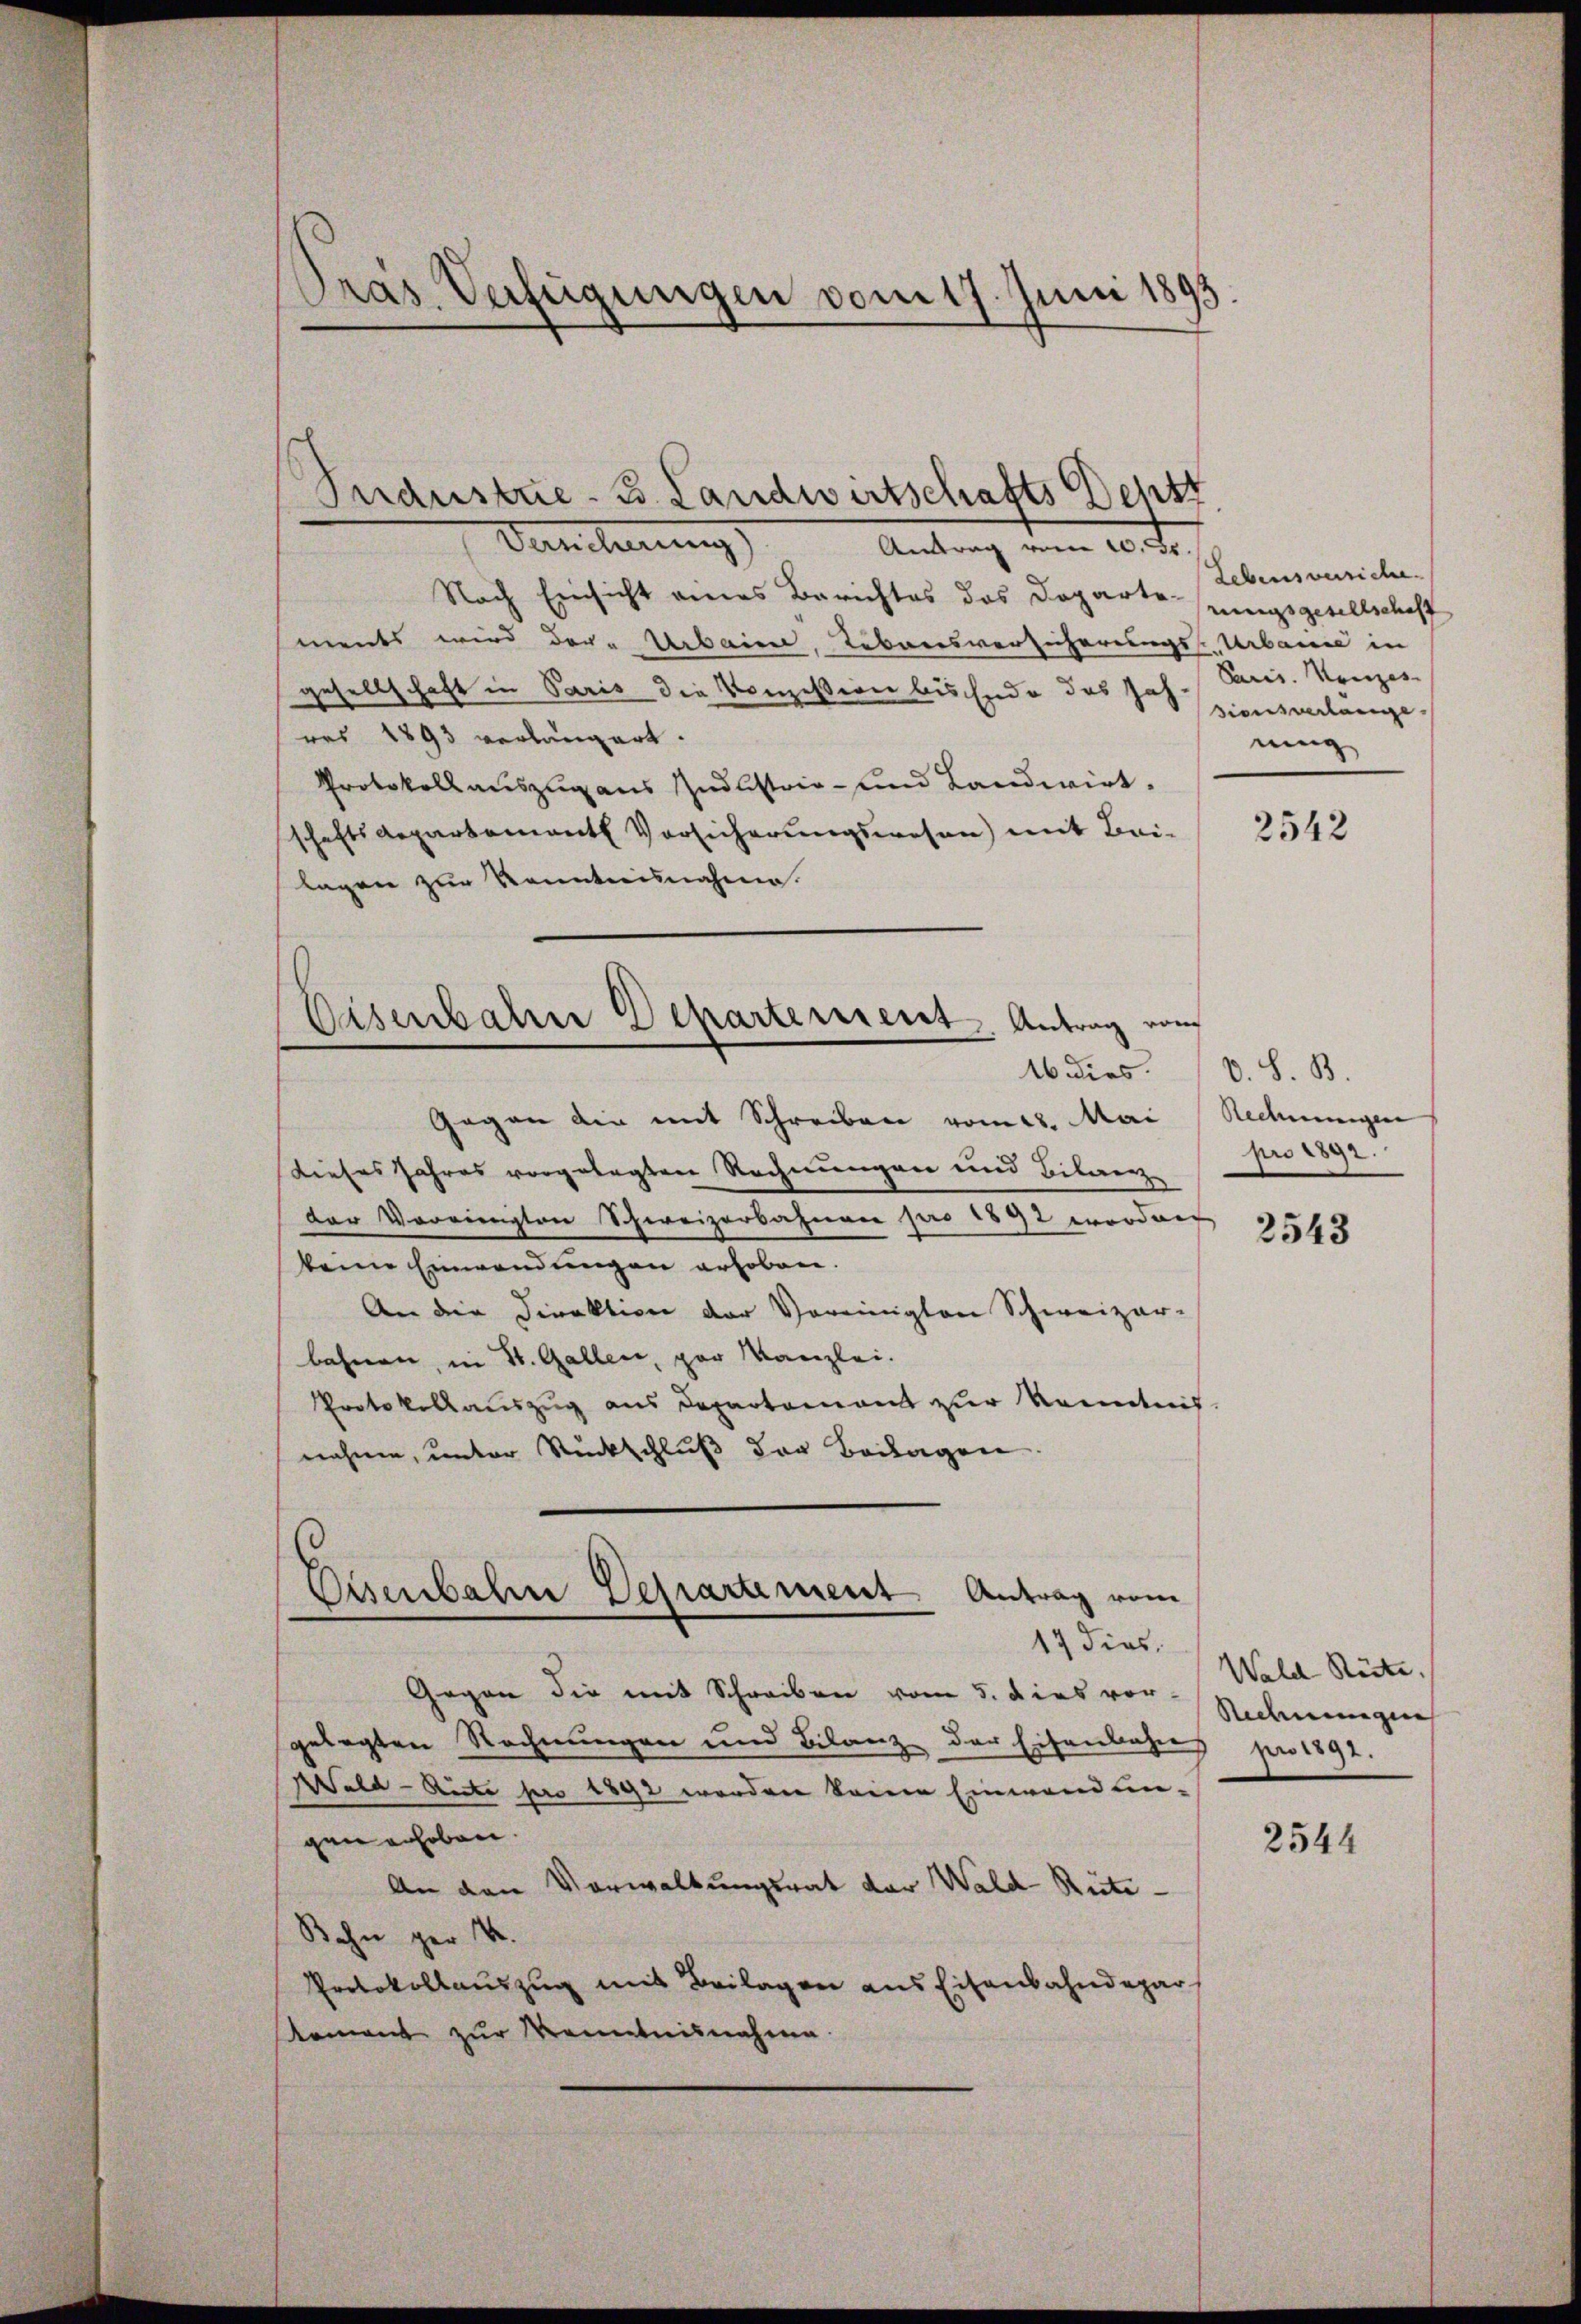
Dras Verfügungen vom 17. Juni 1893.

Industrie - 3. Landwirtschafts Dehst

Deucherung
Antrag vom 20. Fr.
Nach Einsicht eines Berichtes des Doparterungsgesellschaff
ments wird der Urbaine, Lebensversicherungs-Urbanić in
gesellschaft in Paris die Konzession bis Ende des Satzionsverlänge
res 1893 verlängert.
Protokoll auszug aus Judlistoir- und Landwirt.
schaftsdepartemente Vorsicherungswesen) mit Bei-
lagen zur Kenntnisnahme.
Gegen die mit Schreiben vom 22. Mai (Rechnungen
dieses Jahres vorgelegten Rechnungen und Bilanz
der Vereinigten Schweizerbahnen pro 1892 worden
keine Einwendungen erhoben.
An die Direktion der Vereinigten Schweizer-
bahnen, in St. Gallen, par Kanzlei.
Protokollauszug aus Departement zur Kenntnis-
nahmen, unter Rückschluß der Beilagen
Eisenbahn Departement Antrag vom
17 dies
Wald Rüte.
Gegen die mit Schreiben vom 5. dies vor-
Rechnungen
gelegten Rechnungen und Bilanz der Eisenbahre pro 1891.
Wald-Acte pro 1892 werden keine Einwendun-
gen erheben
2544
An den Vorwaltungsrat der Wald Reite
Bahn ger V
Protokollauszug mit Beilagen aus Eisenbahndepar
tement zur Kenntnisnahme

Eisenbahn Departement. Antrag von
16 dies.

Lebensversiche
Paris. Konzes
ning

D. S. B.
pro 1892.

2543

2542